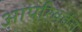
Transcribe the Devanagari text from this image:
आपरिवर्तन